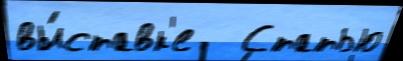
вы́ставк'е   Статью